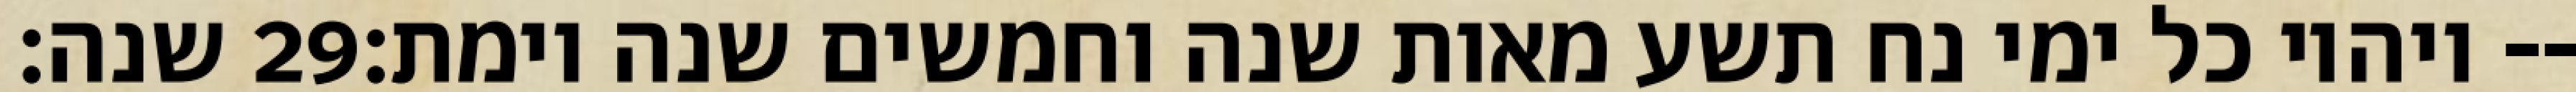
שנה׃ ‎29‏ ויהיו כל ימי נח תשע מאות שנה וחמשים שנה וימת׃--